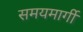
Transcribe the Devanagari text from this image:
समयमार्गी